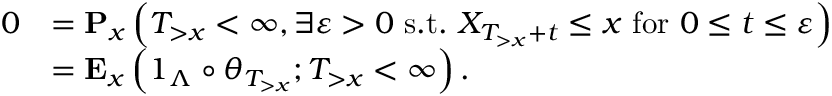
\begin{array} { r l } { 0 } & { = \mathbf { P } _ { x } \left( T _ { > x } < \infty , \exists \varepsilon > 0 \mathrm { ~ s . t . ~ } X _ { T _ { > x } + t } \leq x \mathrm { ~ f o r ~ } 0 \leq t \leq \varepsilon \right) } \\ & { = \mathbf { E } _ { x } \left( 1 _ { \Lambda } \circ \theta _ { T _ { > x } } ; T _ { > x } < \infty \right) . } \end{array}